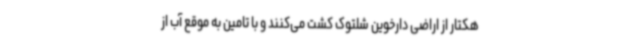
هکتار از اراضی دارخوین شلتوک کشت می‌کنند و با تامین به موقع آب از